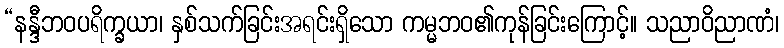
“နန္ဒီဘဝပရိက္ခယာ၊ နှစ်သက်ခြင်းအရင်းရှိသော ကမ္မဘဝ၏ကုန်ခြင်းကြောင့်။ သညာဝိညာဏံ၊